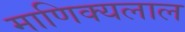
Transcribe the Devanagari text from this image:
माणिक्यलाल